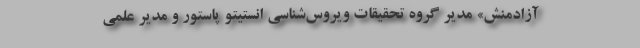
آزادمنش» مدیر گروه تحقیقات ویروس‌شناسی انستیتو پاستور و مدیر علمی